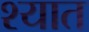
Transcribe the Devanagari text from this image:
श्यात